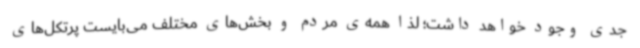
جدی وجود خواهد داشت؛ لذا همه‌ی مردم و بخش‌های مختلف می‌بایست پرتکل‌های